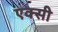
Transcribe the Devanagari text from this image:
एक्सी